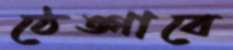
ঠেঙ্গাবে